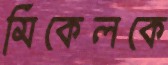
মিকেলকে